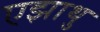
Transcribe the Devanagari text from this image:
एझाथु